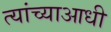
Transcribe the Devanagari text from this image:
त्यांच्याआधी